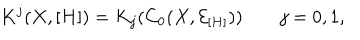
K ^ { j } ( X , [ H ] ) = K _ { j } ( C _ { 0 } ( X , { \mathcal E } _ { [ H ] } ) ) \qquad j = 0 , 1 ,